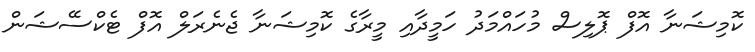
ކޮމިޝަނާ އޮފް ޕޮލިސް މުހައްމަދު ހަމީދާއި މީރާގެ ކޮމިޝަނާ ޖެނެރަލް އޮފް ޓެކްސޭޝަން